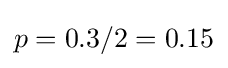
p=0.3/2=0.15